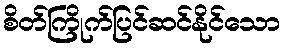
စိတ်ကြိုက်ပြင်ဆင်နိုင်သော